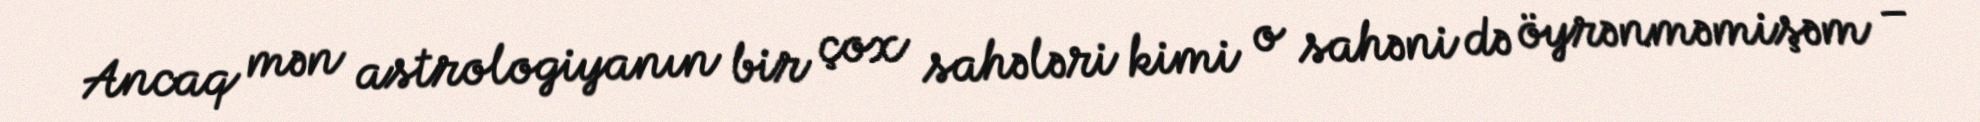
Ancaq mən astrologiyanın bir çox sahələri kimi o sahəni də öyrənməmişəm –